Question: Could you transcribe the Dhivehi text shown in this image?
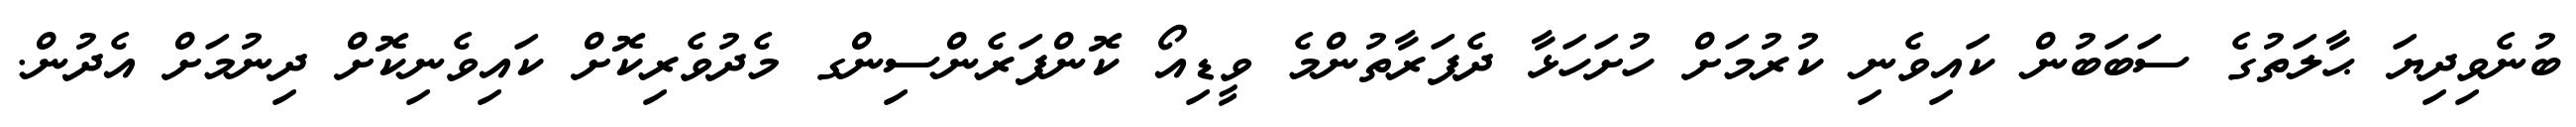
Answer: ބުނެވިދިޔަ ޙާލަތުގެ ސަބަބުން ކައިވެނި ކުރުމަށް ހުށަހަޅާ ދެފަރާތުންމެ ވީޑިއޯ ކޮންފަރެންސިންގ މެދުވެރިކޮށް ކައިވެނިކޮށް ދިނުމަށް އެދުން.